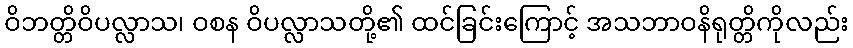
ဝိဘတ္တိဝိပလ္လာသ၊ ဝစန ဝိပလ္လာသတို့၏ ထင်ခြင်းကြောင့် အသဘာဝနိရုတ္တိကိုလည်း